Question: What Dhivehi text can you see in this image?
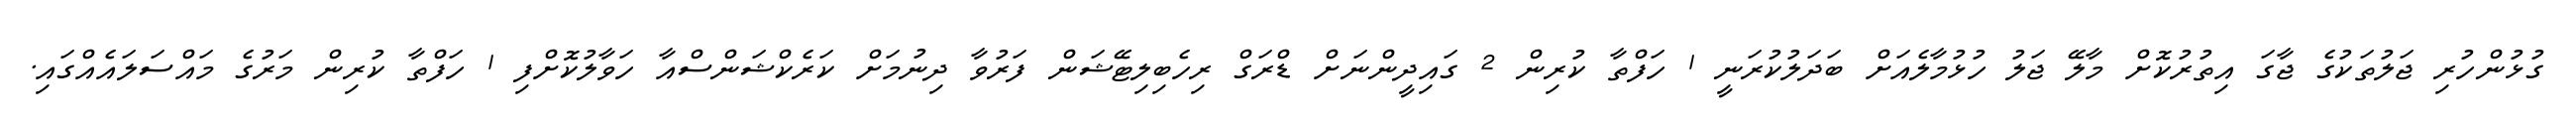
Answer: ގުޅުންހުރި ޖަލުތަކުގެ ޖާގަ އިތުރުކޮށް މާލޭ ޖަލު ހުޅުމާލެއަށް ބަދަލުކުރަނީ 1 ހަފްތާ ކުރިން 2 ގައިދީންނަށް ޑްރަގް ރިހެބިލިޓޭޝަން ފަރުވާ ދިނުމަށް ކަރެކްޝަންސްއާ ހަވާލުކޮށްފި 1 ހަފްތާ ކުރިން މަރުގެ މައްސަލައެއްގައި.